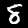
Label: 8